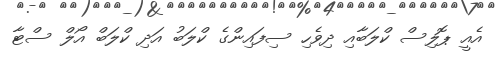
އެއީ ޕޮލިސް ކްލަބާއި ދިވެހި ސިފައިންގެ ކްލަބު އަދި ކްލަބް އޯލް ސްޓާ